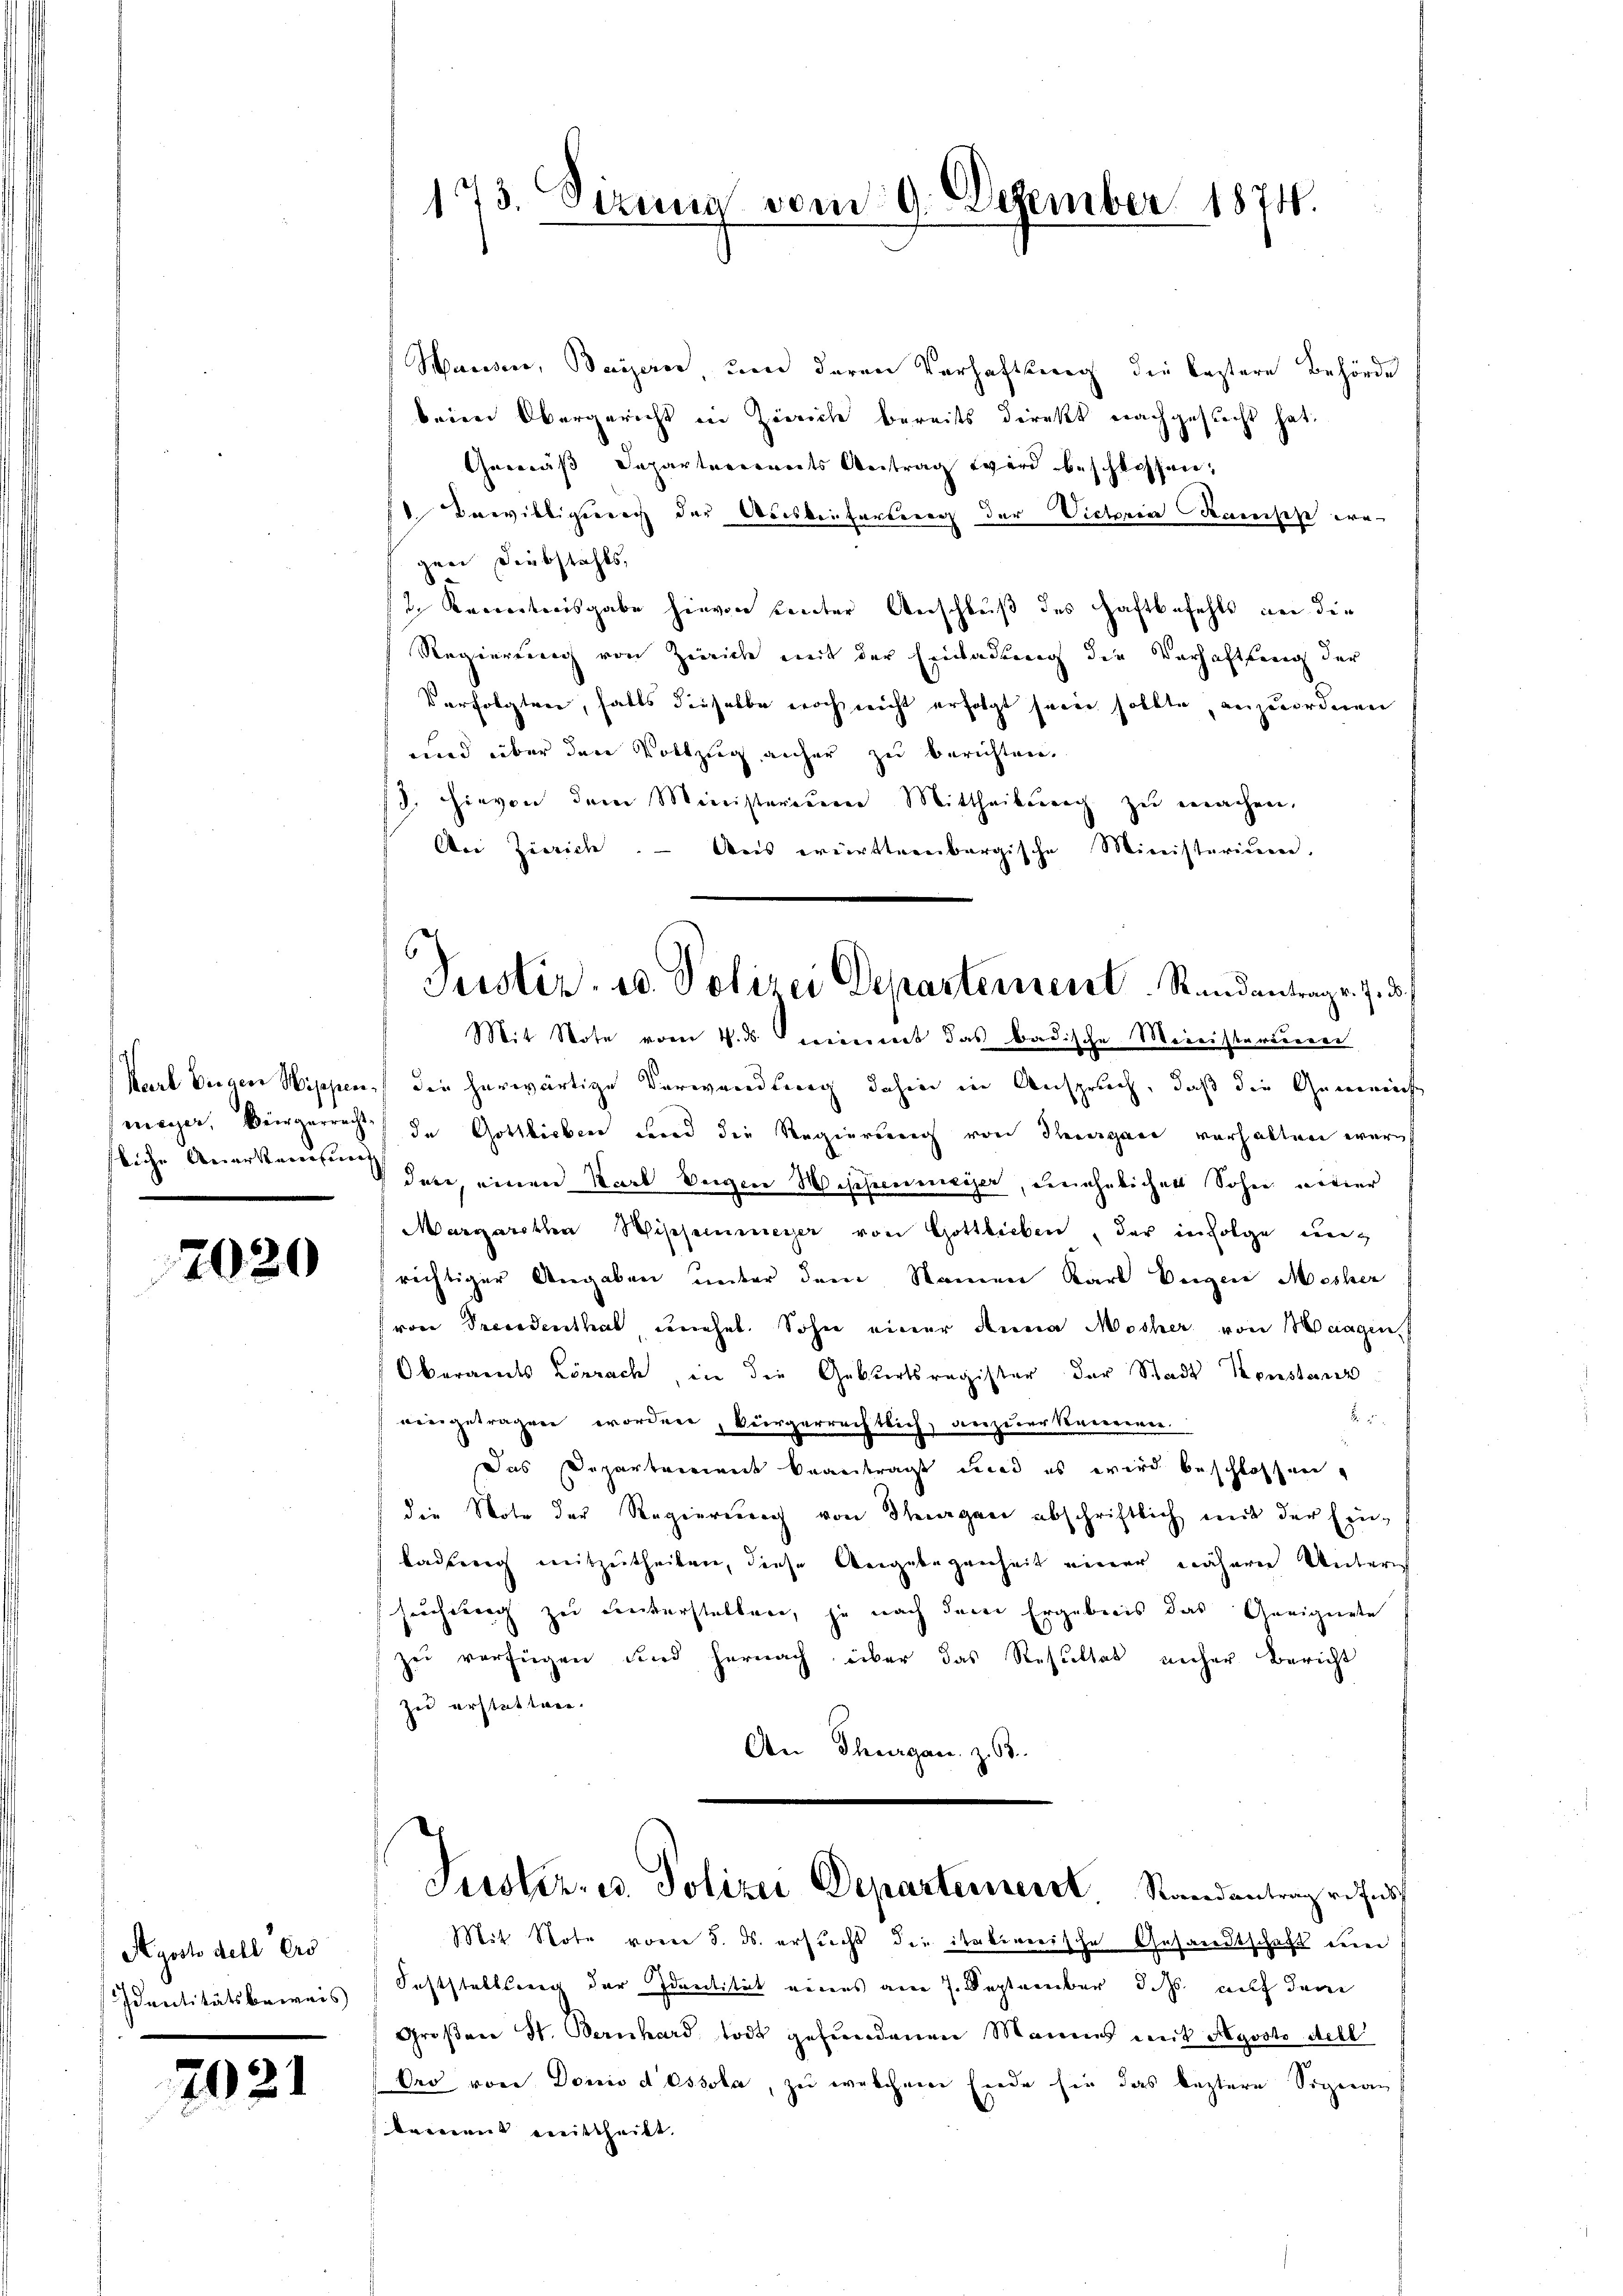
fliche Anerkennung

2020

Ayosto dell Ers
Identitätsbeweis

7021

Wasser, Bayern, um deren Verhaftsweg der leztere Behörde
beim Obergericht in Zürich bereits direkt nachgesucht hat.
Gemäß Departerrents Antrag wird beschlossen,
 Varieligieren der Auskeifartung der Victorien Kamische wegen Diebstahls,
 Kenntnisgabe hievon Leuter Anschluß des Haftbefehls an die
Regierung von Zürich mit der Einladung die Verhaftung der
Verfolgten, falls dieselbe noch nicht erfolgt seien sollte, anzuordnen
uard über den Vollzug anher zu berichten
13. hievon dem Ministerium Mittheilung zŭ machen.
Aei Zürich. - Aus württembergische Ministerium.
Karl Eigen Sippen, die herwärtige Verwandlung dahin in Anspruch, daß die Gemeinst
meyer, Bürgerrecht de Gottlichen und die Regierung von Thurgau verhalten war
dere, einen Karl Eugen Wissenenger, einehelicher Sohn notier
Margarethen Wissemeyer von Gottlieben, der infolge einrichtiger Angaben unter dem Namen Karl beigen Mesher
von Freudenthal unehel. Sohn einer Anna Mosher von Maagen,
Oberamts Lörrach, in die Geburtsregister der Stadt Konstanz
.
eingetragen worden, bürgerrechtlich, anzuer Kerneren.
Das Departement beantragt und es wird beschlossen,
die Note der Regierung von Thurgan abschriftlich mit der Einbadberg mitzutheilen, diese Angelegenheit einer nähere Unteres
suchung zu unterstellen, je nach dem Ergebnis das Geeignete
ze verfügen und hernach über das Resultat unser Bericht
zu erstatten.
An Thurgau. z. 63.
Justiz- u. Polizei Departernerst.   Randantenprofess
Mit Note vom 5. ds. ersucht die italienische Gesandtschaft dein
Feststellsweg der Identität eines am 7. September d. Js. auf dem
Groβen St. Bernhard todt gefŭndenen Mannes mit Agvoto dell
Ord von Donis d Ossola, zu welchem Ende sie das leztere Signan
tement mittheilt.

13. Sizung vom 9. Dezember 1874.

Justiz- u. Polizei Departement. Stundantrags. Z. 3.
Mit Note vom 4. ds. ereinnert das badische Meinisterdiren